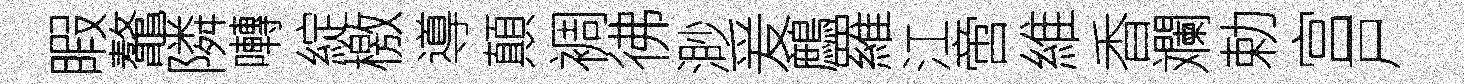
睱鼇隣囀綻檄導顛裯彿渺爰鷓羅江啻維香斕勅宫戸